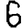
Digit: 6